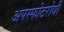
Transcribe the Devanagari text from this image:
अपस्फोटरोधी